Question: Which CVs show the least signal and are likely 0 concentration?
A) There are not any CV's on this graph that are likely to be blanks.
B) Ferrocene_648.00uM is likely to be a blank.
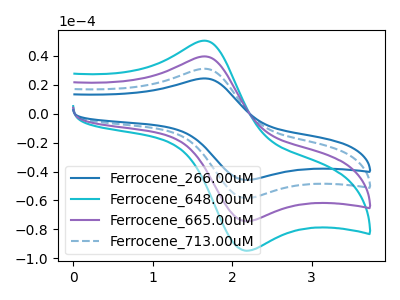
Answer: <think>The blue curve "Ferrocene_266.00uM" has an anodic peak at (1.65V, 118.90uA) and a cathodic peak at (2.20V, -223.20uA). The cyan curve "Ferrocene_648.00uM" has an anodic peak at (1.65V, 50.50uA) and a cathodic peak at (2.20V, -94.80uA). The purple curve "Ferrocene_665.00uM" has an anodic peak at (1.65V, 39.65uA) and a cathodic peak at (2.20V, -74.40uA). The blue dashed curve "Ferrocene_713.00uM" has an anodic peak at (1.65V, 79.25uA) and a cathodic peak at (2.20V, -148.80uA).</think>
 <answer>A) There are not any CV's on this graph that are likely to be blanks.</answer>
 <eval>A</eval>